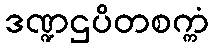
ဒဏ္ဍဌပိတစက္ကံ